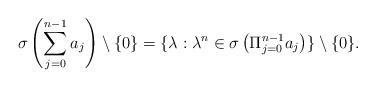
LaTeX: \begin{align*}\sigma\left(\sum_{j=0}^{n-1} a_j \right)\setminus \{0\} = \{\lambda: \lambda^n \in \sigma\left( \Pi_{j=0}^{n-1}a_j \right)\}\setminus\{0\}.\end{align*}